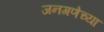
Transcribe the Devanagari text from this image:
जनगणेच्या